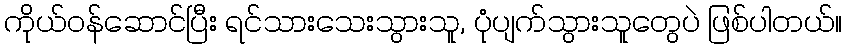
ကိုယ်ဝန်ဆောင်ပြီး ရင်သားသေးသွားသူ, ပုံပျက်သွားသူတွေပဲ ဖြစ်ပါတယ်။